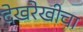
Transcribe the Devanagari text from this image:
देखरेखीचा